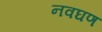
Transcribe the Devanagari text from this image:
नवघण